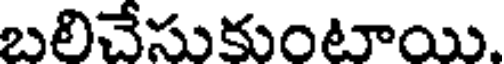
బలిచేసుకుంటాయి.